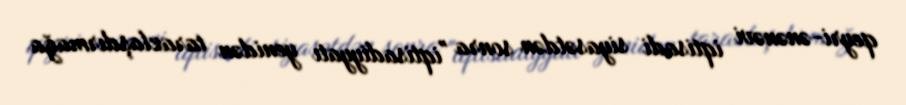
qeyri-ənənəvi iqtisadi siyasətdən sonra "iqtisadiyyatı yenidən tarazlaşdırmağa